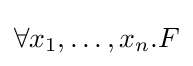
\forall x_{1},\ldots ,x_{n}.F